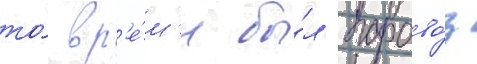
то́ вр'е́м'я бы́л парово́з